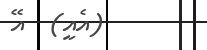
(އެއީ)  އޭ